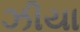
ઝીયા